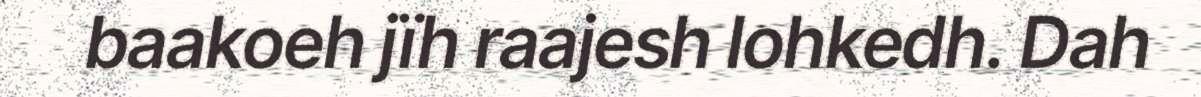
baakoeh jïh raajesh lohkedh. Dah